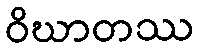
ဝိဃာတဿ